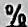
%